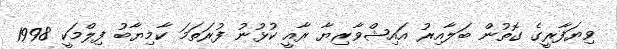
ވިޔަފާރީގެ ގޮތުން ބަލާއިރު އައިޝްވާރިޔާ ރާއީ ކުޅުނު ފުރަތަމަ ކާމިޔާބު ފިލްމަކީ 1998